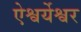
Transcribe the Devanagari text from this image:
ऐश्वर्येश्वर